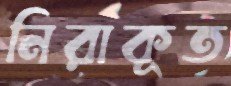
নিরাকূত